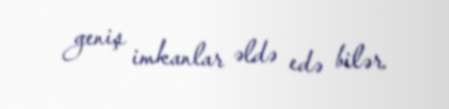
geniş imkanlar əldə edə bilər.